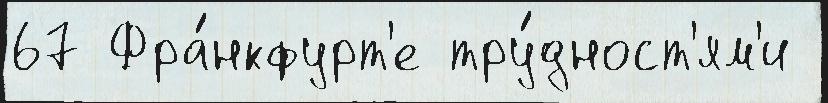
67 Фра́нкфурт'е тру́дност'ям'и